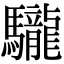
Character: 䮾